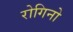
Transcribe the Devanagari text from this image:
रोगिनो